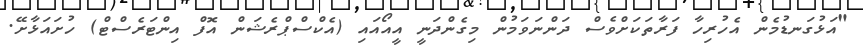
"އަޅުގަނޑުމެން އެހުރިހާ ފަރާތަކަށްވެސް ދަންނަވަމުން މިގެންދަނީ އީއޯއައި (އެކްސްޕްރެޝަން އޮފް އިންޓަރެސްޓް) ހުށައަޅާށޭ.